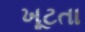
ખૂટતા